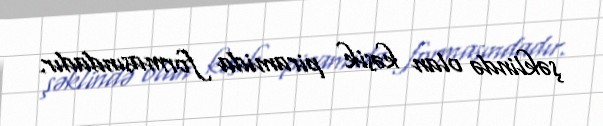
şəklində olan kəsik piramida formasındadır.